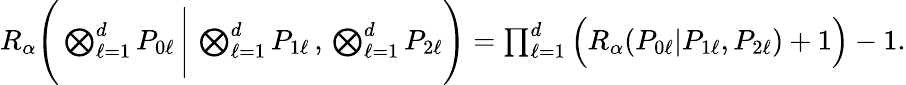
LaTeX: \begin{array}{r}{{R_{\alpha}\Bigg(\bigotimes_{\ell=1}^{d}P_{0\ell}\, \Bigg|\, \bigotimes_{\ell=1}^{d}P_{1\ell}\, ,\, \bigotimes_{\ell=1}^{d}P_{2\ell}\Bigg)}=\prod_{\ell=1}^{d}\Big({R_{\alpha}}(P_{0\ell}|P_{1\ell},P_{2\ell})+1\Big)-1.}\end{array}